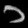
Digit: ၁